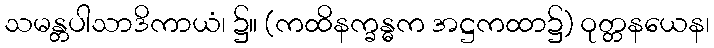
သမန္တပါသာဒိကာယံ၊ ၌။ (ကထိနက္ခန္ဓက အဋ္ဌကထာ၌) ဝုတ္တနယေန၊